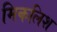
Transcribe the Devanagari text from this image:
मिकलिश